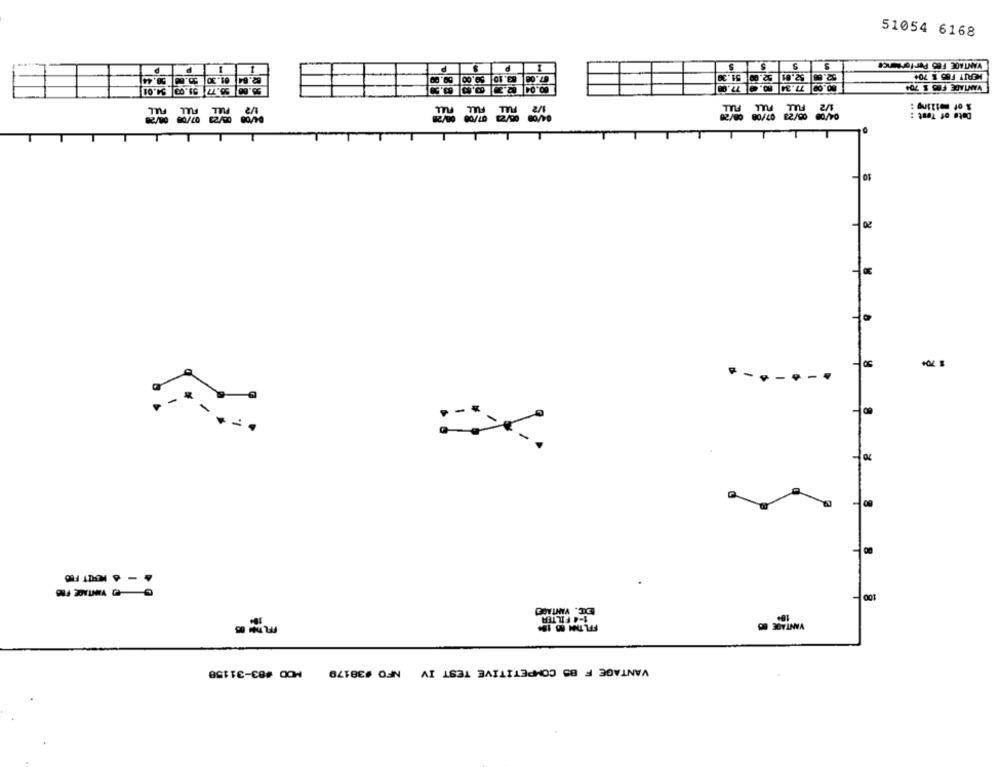
51054 6168
S
52.6 52.01 52.09 51.39
Date of Test :
02/10 80/20 12/20 00/99
====
* carro
EXC. VANTAGE)
1-4 FILTER
19+
VANTAGE F BO COMPETITIVE TEST IV NFO #38179 MDD #83-31158